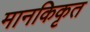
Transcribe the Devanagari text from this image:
मानकिकृत